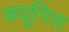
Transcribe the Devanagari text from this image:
क्यूनिस